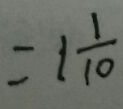
= 1 \frac { 1 } { 1 0 }